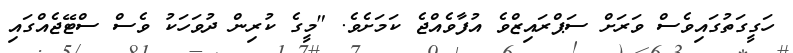
ހަގީގަތުގައިވެސް ވަރަށް ސަޕްރައިޒްވެ އުފާވެއްޖެ ކަމަށެވެ. "މީގެ ކުރިން ދުވަހަކު ވެސް ސްޓޭޖެއްގައި